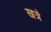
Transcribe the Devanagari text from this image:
खत्रे